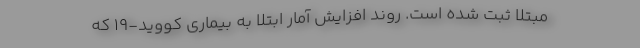
مبتلا ثبت شده‌ است. روند افزایش آمار ابتلا به بیماری کووید-۱۹ که